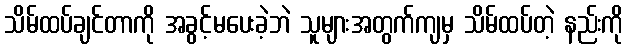
သိမ်ထပ်ချင်တာကို အခွင့်မပေးခဲ့ဘဲ သူများအတွက်ကျမှ သိမ်ထပ်တဲ့ နည်းကို